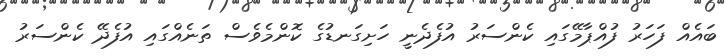
ބައެއް ފަހަރު ފުއްޕާމޭގައި ކެންސަރު އުފެދެނީ ހަށިގަނޑުގެ ކޮންމެވެސް ތަނެއްގައި އުފެދޭ ކެންސަރު